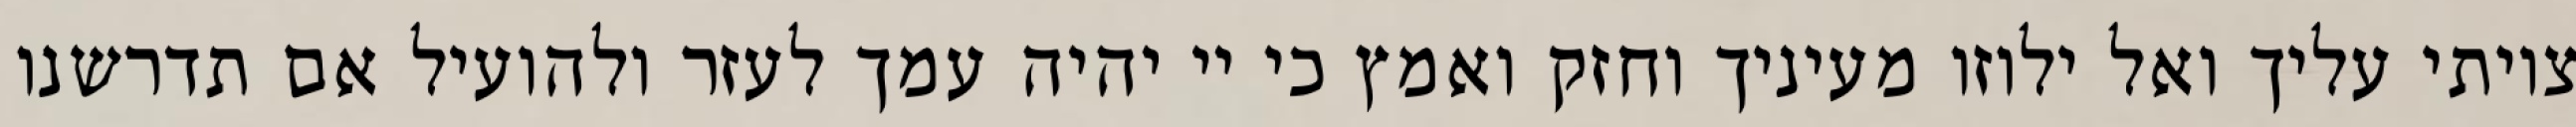
צויתי עליך ואל ילוזו מעיניך וחזק ואמץ כי יי יהיה עמך לעזר ולהועיל אם תדרשנו